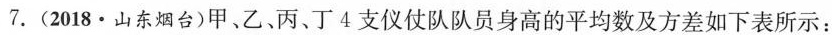
7. (2018·山东烟台)甲、乙、丙、丁 4 支仪仗队队员身高的平均数及方差如下表所示：